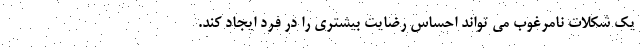
یک شکلات نامرغوب می تواند احساس رضایت بیشتری را در فرد ایجاد کند.